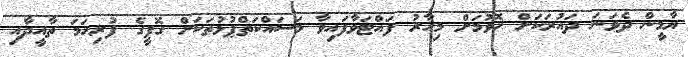
ޔާމީން ދެވަނަ ދައުރަކަށް ހޮވުމަށް މިހާރު ފައްޓަވާފައިވާ މަސައްކަތްޕުޅުތަކަށް ގޮފީގެ ފުރިހަމަ ތާއީދާއި